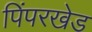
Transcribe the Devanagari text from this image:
पिंपरखेड